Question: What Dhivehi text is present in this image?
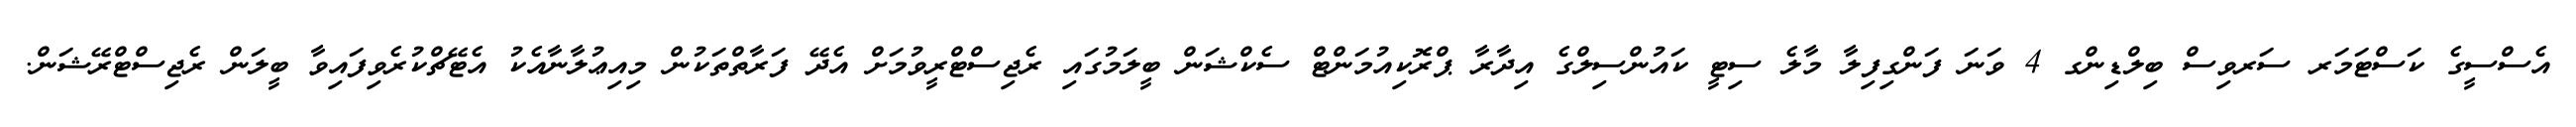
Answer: އެސްސީގެ ކަސްޓަމަރ ސަރވިސް ބިލްޑިންގ 4 ވަނަ ފަންގިފިލާ މާލެ ސިޓީ ކައުންސިލްގެ އިދާރާ ޕްރޮކިއުމަންޓް ސެކްޝަން ބީލަމުގައި ރެޖިސްޓްރީވުމަށް އެދޭ ފަރާތްތަކުން މިއިޢުލާނާއެކު އެޓޭޗްކުރެވިފައިވާ ބީލަން ރެޖިސްޓްރޭޝަން.